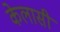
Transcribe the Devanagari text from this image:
केलासी